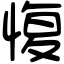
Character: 愎